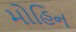
મોહિન